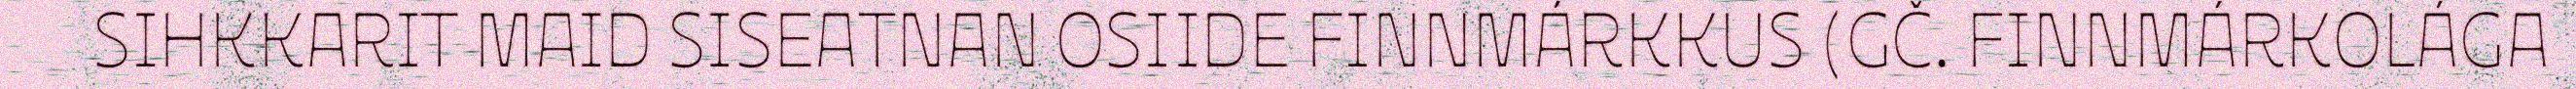
SIHKKARIT MAID SISEATNAN OSIIDE FINNMÁRKKUS (GČ. FINNMÁRKOLÁGA